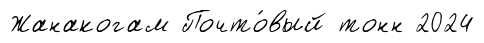
Жанакогам Почто́вый тонн 2024